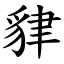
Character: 貄